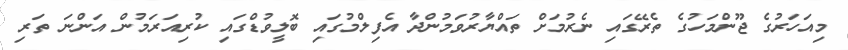
މިއަހަރުގެ ޖޫންމަހުގެ ތެރޭގައި ނެރުމަށް ތައްޔާރުވަމުންދާ އެފިލްމުގައި ބޮލީވުޑްގައި ކުރިއަރަމުން އަންނަ ތަރި